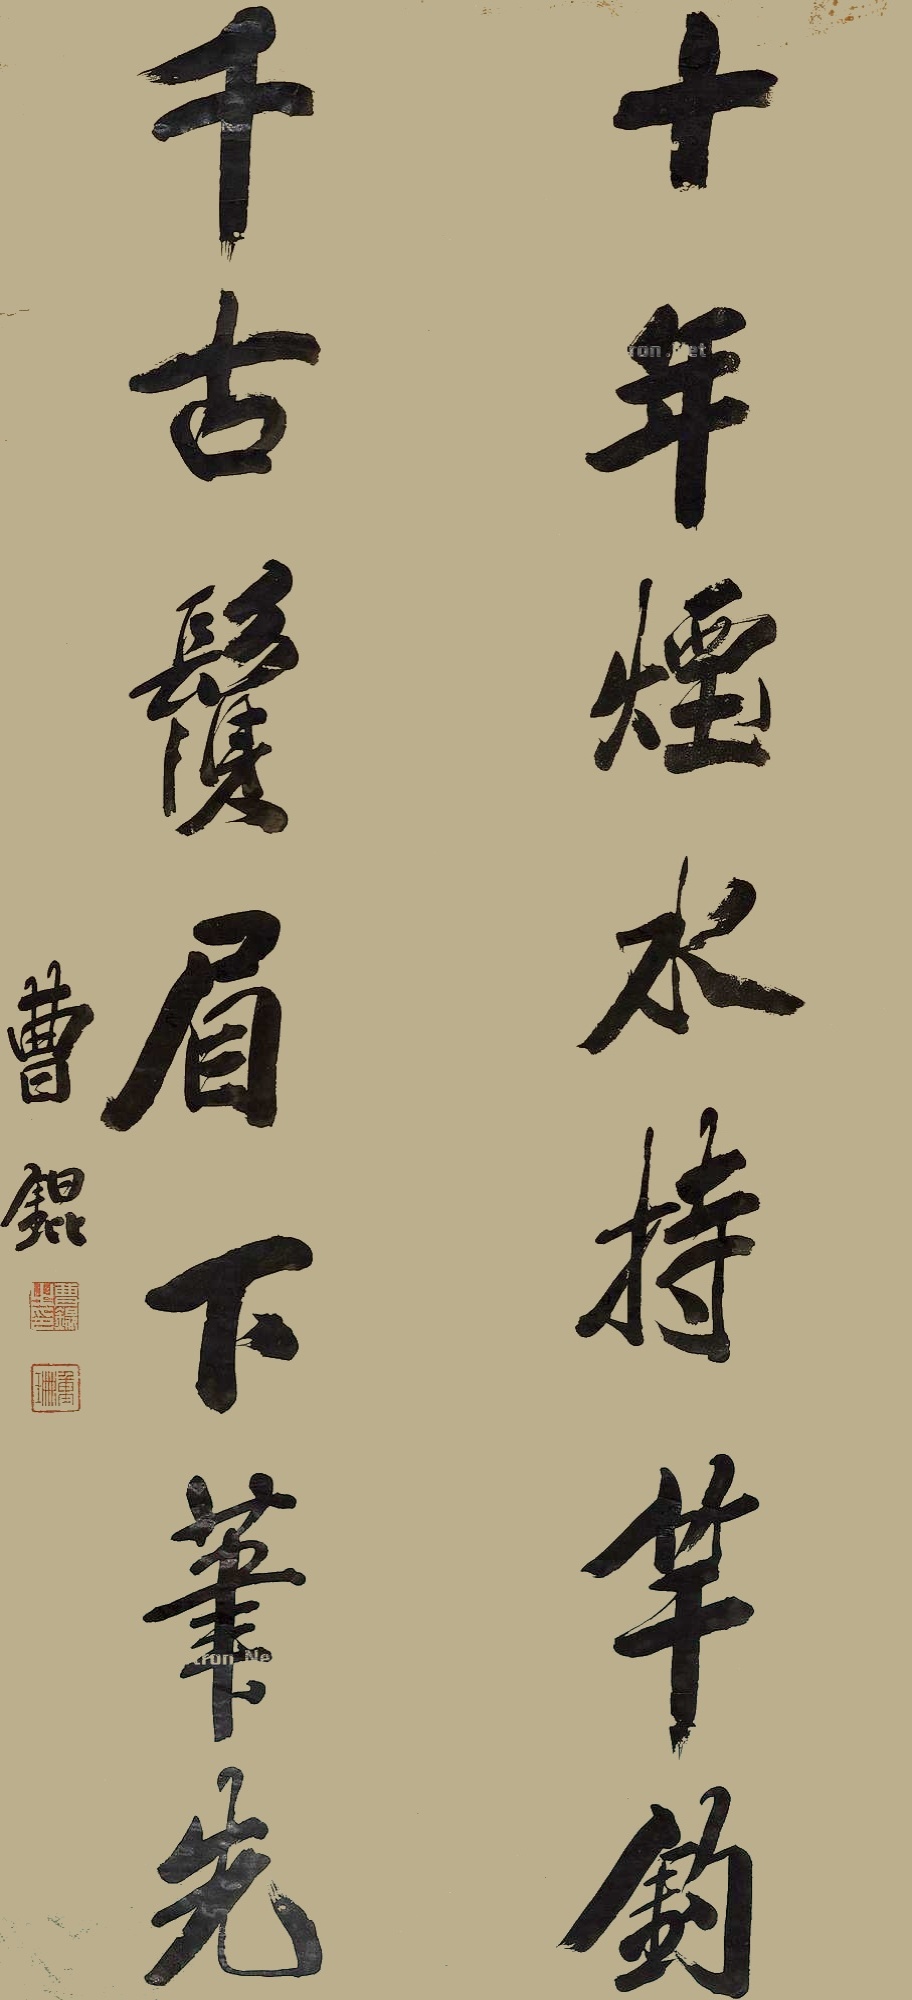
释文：十年烟水垂竿钓，千古鬓眉下笔先。曹锟。